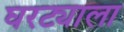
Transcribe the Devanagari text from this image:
घरट्याला